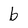
Character: b